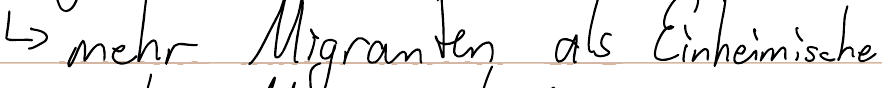
-> mehr Migranten als Einheimische